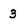
Character: 3